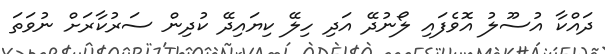
ދައްކާ އުސޫލު އޮވެފައި ލޯނުދޭ އަދި ހިލޭ ކިޔައިދޭ ކުދިން ސަރުކާރަށް ނުވަތަ